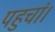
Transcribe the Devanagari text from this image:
पहुचां।